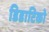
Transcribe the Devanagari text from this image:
डिडाटिको